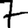
Digit: 7